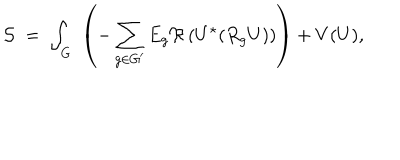
LaTeX: { \cal S } \; = \; \int _ { G } \; \left( - \sum _ { g \in G ^ { \prime } } E _ { g } \Re \left( U ^ { \star } ( R _ { g } U ) \right) \right) + V ( U ) ,